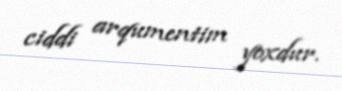
ciddi arqumentim yoxdur.